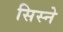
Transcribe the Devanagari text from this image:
सिस्ने